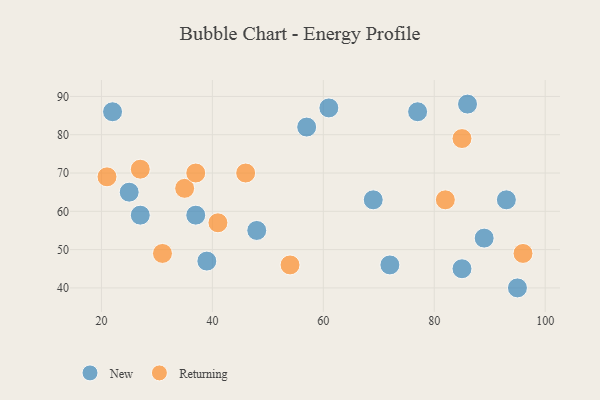
{"axis": {"x": "GDP", "y": "Life Expectancy"}, "legend": ["New", "Returning"], "data": [{"x": "89", "y": 53, "type": "New"}, {"x": "37", "y": 59, "type": "New"}, {"x": "48", "y": 55, "type": "New"}, {"x": "27", "y": 59, "type": "New"}, {"x": "77", "y": 86, "type": "New"}, {"x": "95", "y": 40, "type": "New"}, {"x": "25", "y": 65, "type": "New"}, {"x": "85", "y": 45, "type": "New"}, {"x": "86", "y": 88, "type": "New"}, {"x": "61", "y": 87, "type": "New"}, {"x": "22", "y": 86, "type": "New"}, {"x": "39", "y": 47, "type": "New"}, {"x": "93", "y": 63, "type": "New"}, {"x": "57", "y": 82, "type": "New"}, {"x": "69", "y": 63, "type": "New"}, {"x": "72", "y": 46, "type": "New"}, {"x": "35", "y": 66, "type": "Returning"}, {"x": "82", "y": 63, "type": "Returning"}, {"x": "27", "y": 71, "type": "Returning"}, {"x": "54", "y": 46, "type": "Returning"}, {"x": "41", "y": 57, "type": "Returning"}, {"x": "21", "y": 69, "type": "Returning"}, {"x": "85", "y": 79, "type": "Returning"}, {"x": "46", "y": 70, "type": "Returning"}, {"x": "96", "y": 49, "type": "Returning"}, {"x": "31", "y": 49, "type": "Returning"}, {"x": "37", "y": 70, "type": "Returning"}]}